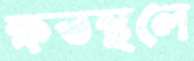
ক্ষতস্থলে